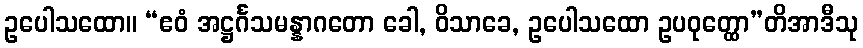
ဥပေါသထော။ “ဧဝံ အဋ္ဌင်္ဂသမန္နာဂတော ခေါ, ဝိသာခေ, ဥပေါသထော ဥပဝုတ္ထော”တိအာဒီသု